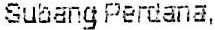
SUBANG PERDANA,